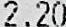
2.20